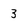
Character: 3